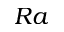
R a